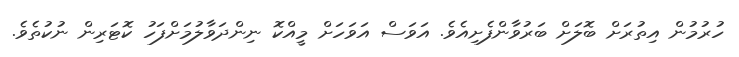
ހުރުމުން އިތުރަށް ބޮލަށް ބަރުވާންފެށިއެވެ. އަވަސް އަވަހަށް މީއްކޮ ނިންދަވާލުމަށްފަހު ކޮޓަރިން ނުކުތެވެ.